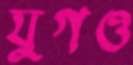
যুগও